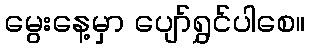
မွေးနေ့မှာ ပျော်ရွှင်ပါစေ။